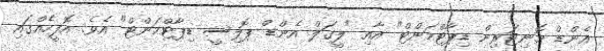
އެންޑް މޮނިޓަރިން ޑިޕާޓްމަންޓް" އާއި "ލީގަލް އެންޑް ޕޮލިސީ ޑިޕާޓްމަންޓް" އެވެ. އޮފީހެއްގައި